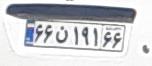
۶۶ن۱۹۱۶۶